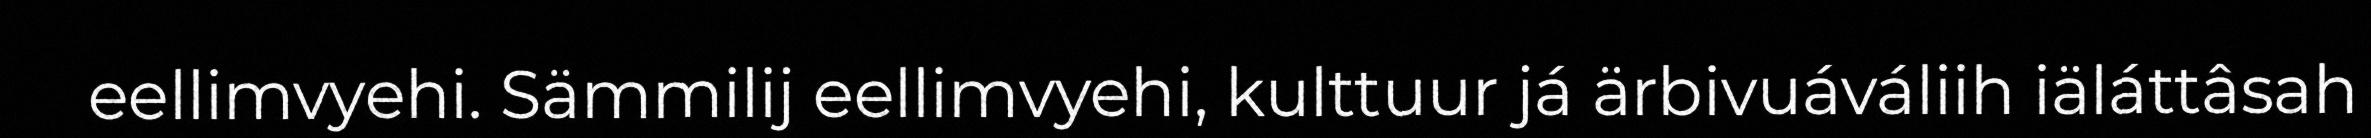
eellimvyehi. Sämmilij eellimvyehi, kulttuur já ärbivuáváliih iäláttâsah